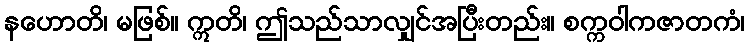
နဟောတိ၊ မဖြစ်။ ဣတိ၊ ဤသည်သာလျှင်အပြီးတည်း။ စက္ကဝါကဇာတကံ၊